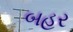
બહર